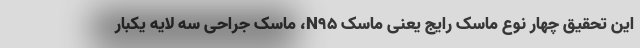
این تحقیق چهار نوع ماسک رایج یعنی ماسک N95، ماسک جراحی سه لایه یکبار